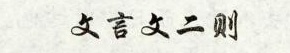
文言文二则